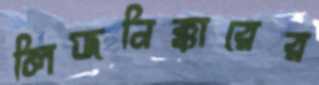
লিজনিক্কারের